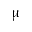
\upmu